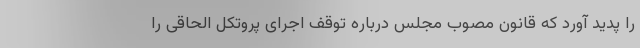
را پدید آورد که قانون مصوب مجلس درباره توقف اجرای پروتکل الحاقی را